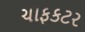
ચાફકટર